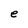
Character: e